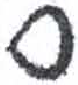
אות: ס